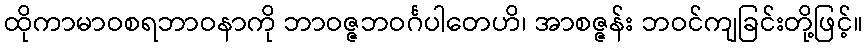
ထိုကာမာဝစရဘာဝနာကို ဘာဝဇ္ဇဘဝင်္ဂပါတေဟိ၊ အာစဇ္ဇန်း ဘဝင်ကျခြင်းတို့ဖြင့်။